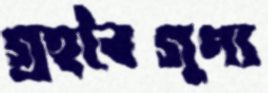
গ্রহবৈগুণ্য